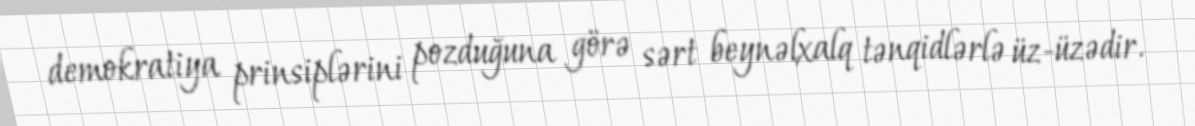
demokratiya prinsiplərini pozduğuna görə sərt beynəlxalq tənqidlərlə üz-üzədir.